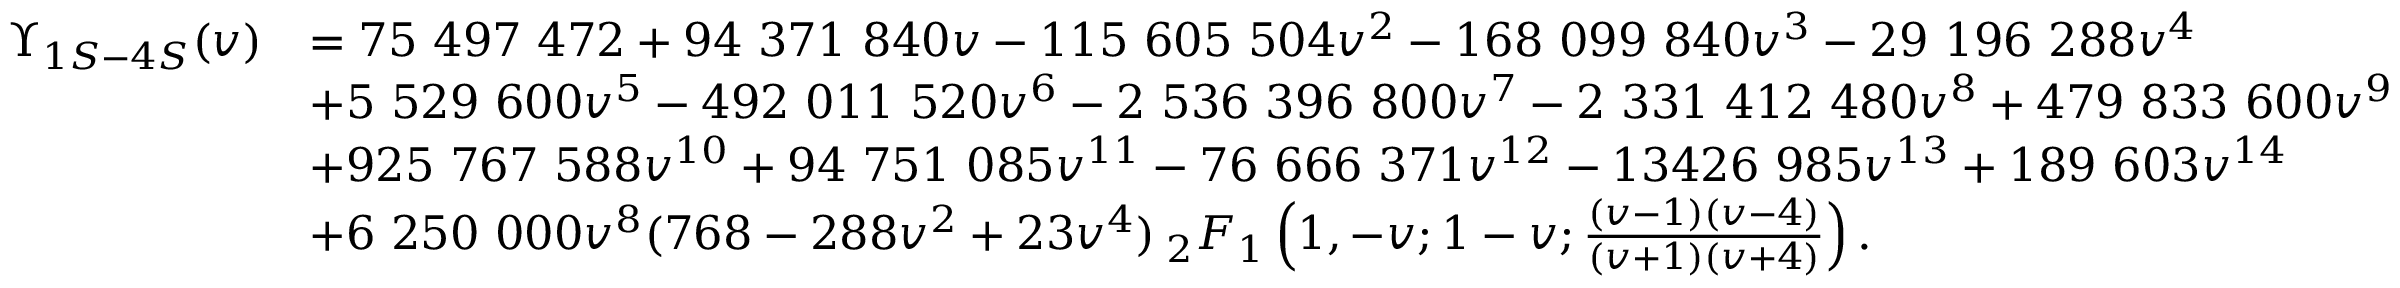
\begin{array} { r l } { \Upsilon _ { 1 S - 4 S } ( v ) } & { = 7 5 ~ 4 9 7 ~ 4 7 2 + 9 4 ~ 3 7 1 ~ 8 4 0 v - 1 1 5 ~ 6 0 5 ~ 5 0 4 v ^ { 2 } - 1 6 8 ~ 0 9 9 ~ 8 4 0 v ^ { 3 } - 2 9 ~ 1 9 6 ~ 2 8 8 v ^ { 4 } } \\ & { + 5 ~ 5 2 9 ~ 6 0 0 v ^ { 5 } - 4 9 2 ~ 0 1 1 ~ 5 2 0 v ^ { 6 } - 2 ~ 5 3 6 ~ 3 9 6 ~ 8 0 0 v ^ { 7 } - 2 ~ 3 3 1 ~ 4 1 2 ~ 4 8 0 v ^ { 8 } + 4 7 9 ~ 8 3 3 ~ 6 0 0 v ^ { 9 } } \\ & { + 9 2 5 ~ 7 6 7 ~ 5 8 8 v ^ { 1 0 } + 9 4 ~ 7 5 1 ~ 0 8 5 v ^ { 1 1 } - 7 6 ~ 6 6 6 ~ 3 7 1 v ^ { 1 2 } - 1 3 4 2 6 ~ 9 8 5 v ^ { 1 3 } + 1 8 9 ~ 6 0 3 v ^ { 1 4 } } \\ & { + 6 ~ 2 5 0 ~ 0 0 0 v ^ { 8 } ( 7 6 8 - 2 8 8 v ^ { 2 } + 2 3 v ^ { 4 } ) \: _ { 2 } F _ { 1 } \left( 1 , - v ; 1 - v ; \frac { ( v - 1 ) ( v - 4 ) } { ( v + 1 ) ( v + 4 ) } \right) . } \end{array}